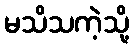
မသိသကဲ့သို့